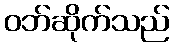
ဝဘ်ဆိုက်သည်